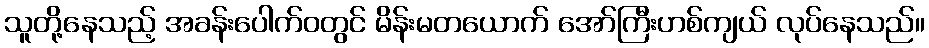
သူတို့နေသည့် အခန်းပေါက်ဝတွင် မိန်းမတယောက် အော်ကြီးဟစ်ကျယ် လုပ်နေသည်။